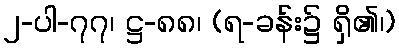
၂-ပါ-၇၇၊ ဋ္ဌ-၈၈၊ (ရ-ခန်း၌ ရှိ၏၊)